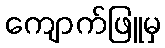
ကျောက်ဖြူမှ